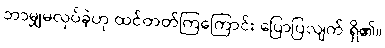
ဘာမျှမလုပ်ခဲ့ဟု ထင်တတ်ကြကြောင်း ပြောပြလျက် ရှိ၏။